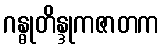
ဂန္ဓုတိန္ဒုကဇာတက